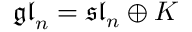
{ \mathfrak { g l } } _ { n } = { \mathfrak { s l } } _ { n } \oplus K